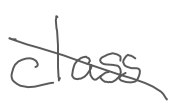
Text: class
Cross-out: diagonal
Writing tool: digital_gray